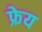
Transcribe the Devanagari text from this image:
फ्रेय